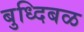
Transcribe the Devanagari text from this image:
बुध्दिबळ